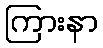
ကြားနာ